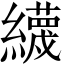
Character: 䌩